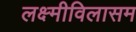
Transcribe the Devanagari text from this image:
लक्ष्मीविलासम